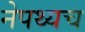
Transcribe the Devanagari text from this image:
नेपथ्यच